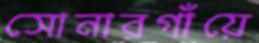
সোনারগাঁয়ে